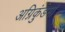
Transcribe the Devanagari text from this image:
अग्निकुंडमां